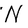
Character: N